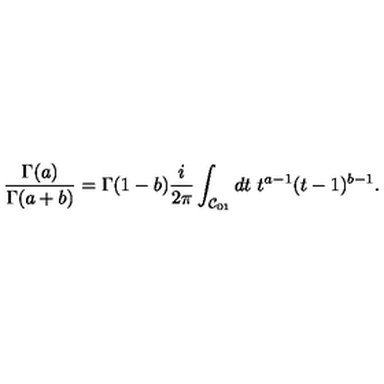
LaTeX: \frac { \Gamma ( a ) } { \Gamma ( a + b ) } = \Gamma ( 1 - b ) \frac { i } { 2 \pi } \int _ { { \cal C } _ { 0 1 } } d t \ t ^ { a - 1 } ( t - 1 ) ^ { b - 1 } .